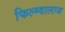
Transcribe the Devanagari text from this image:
फिल्म्वालाज